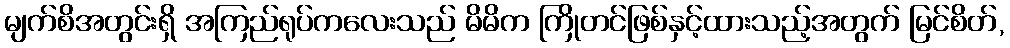
မျက်စိအတွင်းရှိ အကြည်ရုပ်ကလေးသည် မိမိက ကြိုတင်ဖြစ်နှင့်ထားသည့်အတွက် မြင်စိတ်,